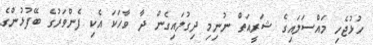
ހުޅުޖެހި މައްސަލައިގެ ޝަރީއަތް ނުނިމި ދިގުލައިގެން ދާ ވާހަކަ އެކި ފެންވަރުގެ ބޭފުޅުންގެ